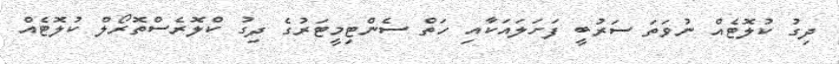
ދިގު ކުލޮޓެއް ނުވަތަ ސަރުބީ ފަށަލައަކާއި ހަތް ސެންޓިމީޓަރުގެ ދިގު ކްލޮރެސްތޮރޯލް ކުލޮޓެއް